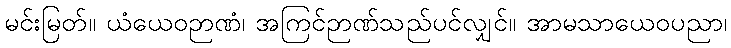
မင်းမြတ်။ ယံယေဝဉာဏံ၊ အကြင်ဉာဏ်သည်ပင်လျှင်။ အာမသာယေဝပညာ၊